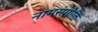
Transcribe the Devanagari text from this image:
नामसंगीति